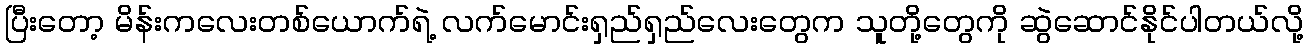
ပြီးတော့ မိန်းကလေးတစ်ယောက်ရဲ့ လက်မောင်းရှည်ရှည်လေးတွေက သူတို့တွေကို ဆွဲဆောင်နိုင်ပါတယ်လို့